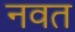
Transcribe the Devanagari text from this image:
नवत